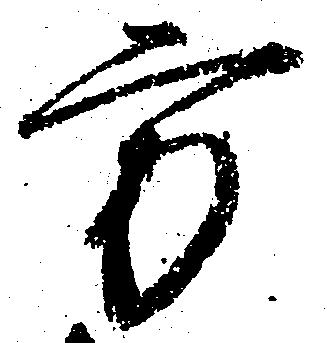
方